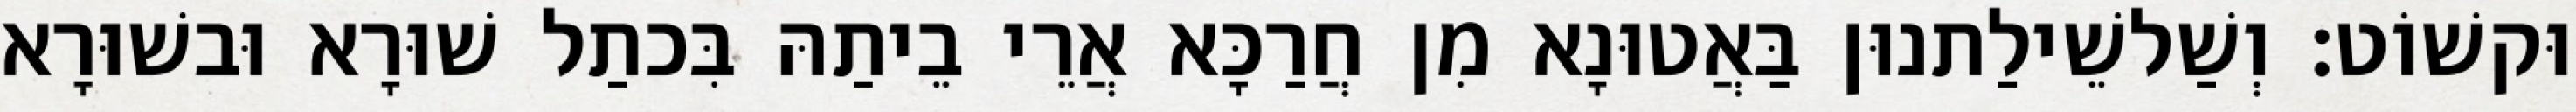
וּקשׁוֹט׃ וְשַׁלשֵׁילַתנוּן בַּאֲטוּנָא מִן חֲרַכָּא אֲרֵי בֵיתַהּ בִּכתַל שׁוּרָא וּבשׁוּרָא